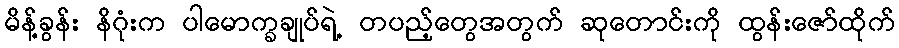
မိန့်ခွန်း နိဂုံးက ပါမောက္ခချုပ်ရဲ့ တပည့်တွေအတွက် ဆုတောင်းကို ထွန်းဇော်ထိုက်